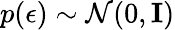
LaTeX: p(\epsilon)\sim\mathcal{N}(0,\mathbf{I})